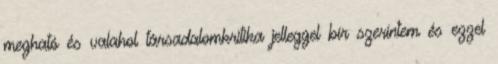
megható és valahol társadalomkritika jelleggel bír szerintem és ezzel